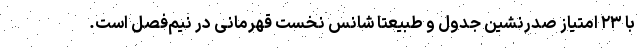
با ۲۳ امتیاز صدرنشین جدول و طبیعتا شانس نخست قهرمانی در نیم‌فصل است.